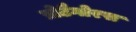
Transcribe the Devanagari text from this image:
प्रोटैगोरस